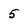
Character: 5